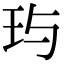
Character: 玙